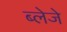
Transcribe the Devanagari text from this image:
ब्लेजे